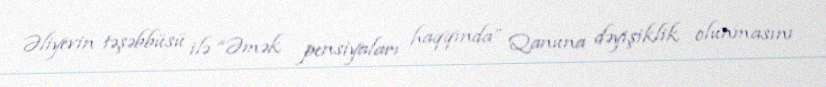
Əliyevin təşəbbüsü ilə “Əmək pensiyaları haqqında” Qanuna dəyişiklik olunmasını